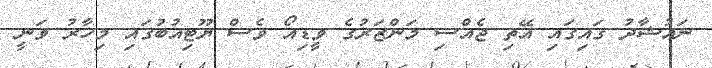
ނައުޝާދު ގައިގައި އޭތި ޖެއްސި މަންޒަރުގެ ވީޑިއޯ ވެސް ޔޫޓިއުބުގައި މިހާރު ވަނީ